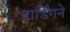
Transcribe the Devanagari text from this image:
हार्डिंगने